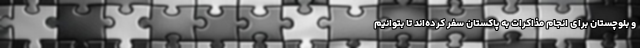
و بلوچستان برای انجام مذاکرات به پاکستان سفر کرده‌اند تا بتوانیم